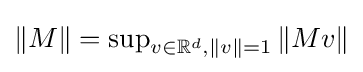
\|M\|=\textstyle \sup _{v\in \mathbb {R} ^{d},\|v\|=1}\|Mv\|